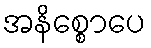
အနိစ္စောပေ